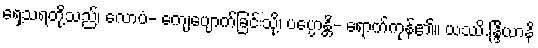
ရှေ့သရတို့သည်၊ လောပံ- ကျေပျောက်ခြင်းသို့၊ ပပ္ပောန္တိ- ရောက်ကုန်၏။ ယဿိ.န္ဒြိယာနိ